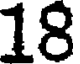
18